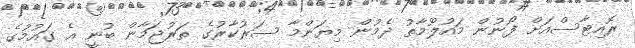
ރޮއިޓާސްއަށް ފޯނުން މައުލޫމާތު ދެމުން މިޔަންމާ ސަރުކާރުގެ ތަރުޖަމާން ބުނީ އެ ގައުމުގެ